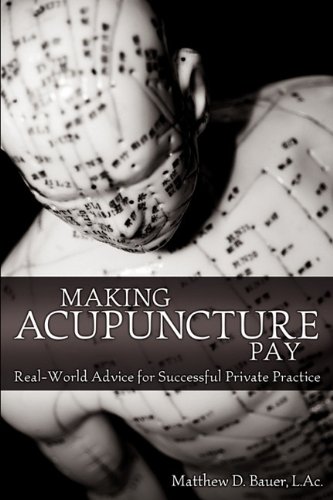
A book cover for Making Acupuncture Pay: Real-World Advice for Successful Private Practice; Matthew D. Bauer; Health, Fitness & Dieting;